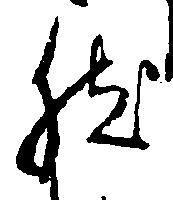
然